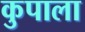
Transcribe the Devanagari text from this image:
कुपाला